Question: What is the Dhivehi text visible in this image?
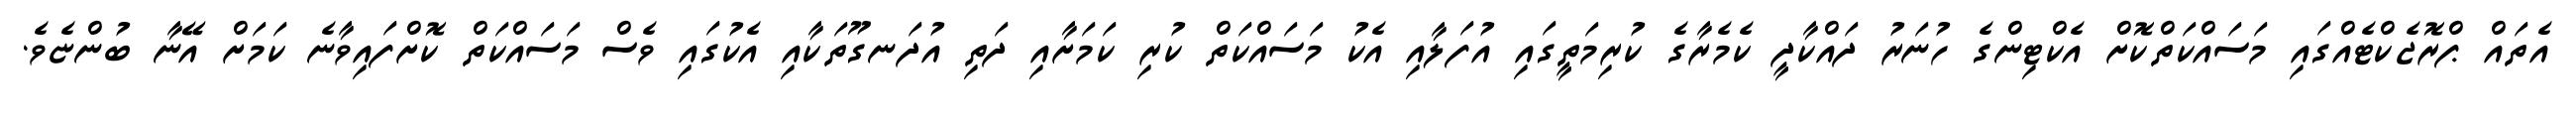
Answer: އެތައް ޕްރޮޖެކްޓެއްގައި މަސައްކަތްކޮށް އެކްޓިންގެ ހުނަރު ދައްކާދީ ކެމެރާގެ ކުރިމަތީގައި އުފަލާއި އެކު މަސައްކަތް ކުރި ކަމަށާއި ދަތި އުދަނގޫތަކާއި އެކުގައި ވެސް މަސައްކަތް ކޮށްފައިވާނެ ކަމަށް އޭނާ ބުންޏެވެ.